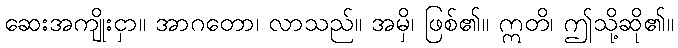
ဆေးအကျိုးငှာ။ အာဂတော၊ လာသည်။ အမှိ၊ ဖြစ်၏။ ဣတိ၊ ဤသို့ဆို၏။